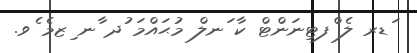
ަޑރ ލެ ްފޓިނަންޓް ކާ ަނލް މުޙައްމަ ުދ ާނ ިޒމެ ެވ.